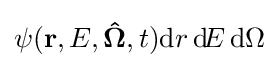
\psi (\mathbf {r} ,E,\mathbf {\hat {\Omega }} ,t)\mathrm {d} r\,\mathrm {d} \!E\,\mathrm {d} \Omega